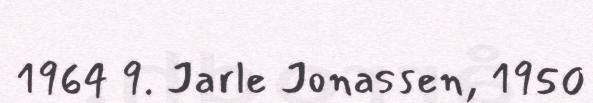
1964 9. Jarle Jonassen, 1950